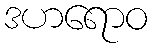
ဒဟရောဝ